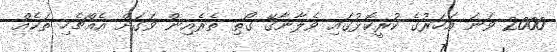
2000 ވަނަ އަހަރުގެ ކުރީކޮޅުގައި ވެލާނާގޭ ގޯތި ތެރެއިން ވަގަށް އެއްޗެހި ތަކެއް